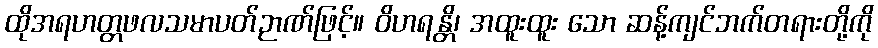
ထိုအရဟတ္တဖလသမာပတ်ဉာဏ်ဖြင့်။ ဝိဟရန္တိ၊ အထူးထူး သော ဆန့်ကျင်ဘက်တရားတို့ကို